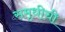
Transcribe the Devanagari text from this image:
समृधीची